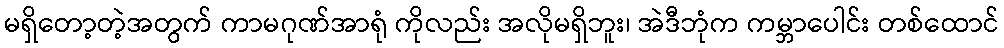
မရှိတော့တဲ့အတွက် ကာမဂုဏ်အာရုံ ကိုလည်း အလိုမရှိဘူး၊ အဲဒီဘုံက ကမ္ဘာပေါင်း တစ်ထောင်